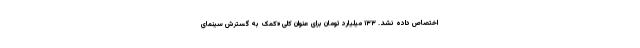
اختصاص داده نشد. ۱۳۳ میلیارد تومان برای عنوان کلی «کمک به گسترش سینمای